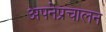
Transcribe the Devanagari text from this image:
अपनेप्रचालन